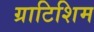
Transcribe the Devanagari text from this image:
ग्राटिशिम